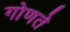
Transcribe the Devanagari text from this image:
गोणते